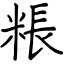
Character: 粻